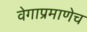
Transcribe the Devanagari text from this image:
वेगाप्रमाणेच